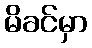
မိခင်မှာ